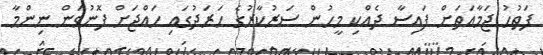
ފަތުހު ޖަމާއަތަށް ފައިސާ ދެއްކި މީހުން ސަރުކާރުގެ ހަރަދުގައި ހައްޖަށް ފޮނުވަން ނިންމާ